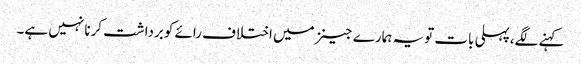
کہنے لگے،پہلی بات تویہ ہمارے جینزمیں اختلاف رائے کوبرداشت کرنا نہیں ہے۔